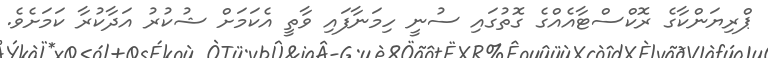
ޕްރިޔަންކާގެ ރޮކްސްޓާއެއްގެ ގޮތުގައި ސުނީ ހިމަނާފައި ވާތީ އެކަމަށް ޝުކުރު އަދާކުރާ ކަމަށެވެ.